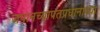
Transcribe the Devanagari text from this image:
जपानच्यापंतप्रधानाच्या